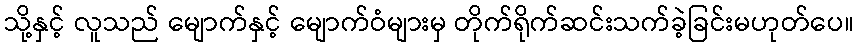
သို့နှင့် လူသည် မျောက်နှင့် မျောက်ဝံများမှ တိုက်ရိုက်ဆင်းသက်ခဲ့ခြင်းမဟုတ်ပေ။